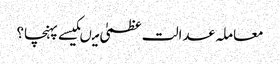
معاملہ عدالت عظمیٰ میںکیسے پہنچا؟